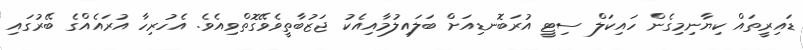
ޑައިރީތައް ކިޔާނިމިގެން ހައިކަލް ސިޓީ އުރަބޮނޑިއަށް ބަލައިލުމާއިއެކު ޖަޒުބާތީވެވޭގޮތްވިއެވެ. އެހުރިހާ އުރައެއްގެ ބޭރުގައި